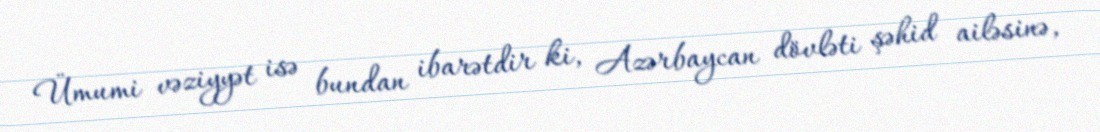
Ümumi vəziyyət isə bundan ibarətdir ki, Azərbaycan dövləti şəhid ailəsinə,